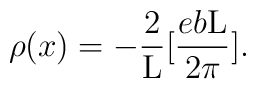
{\rho}(x) = - \frac{2}{\rm L} [\frac{eb\rm L}{2\pi}].